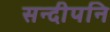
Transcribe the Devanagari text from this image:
सन्दीपनि